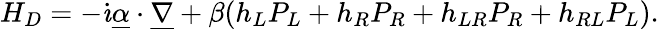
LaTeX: H_{D}=-\dot{\imath}\underline{{{\alpha}}}\cdot\underline{{{\nabla}}}+\beta(h_{L}P_{L}+h_{R}P_{R}+h_{LR}P_{R}+h_{RL}P_{L}).